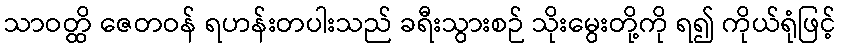
သာဝတ္ထိ ဇေတဝန် ရဟန်းတပါးသည် ခရီးသွားစဉ် သိုးမွေးတို့ကို ရ၍ ကိုယ်ရုံဖြင့်